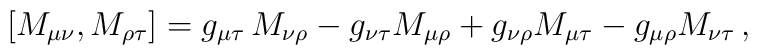
[M_{\mu\nu} , M_{\rho \tau} ] = g_{\mu\tau} \,  M_{\nu\rho} - g_{\nu\tau} M_{\mu\rho} + g_{\nu\rho}  M_{\mu\tau} - g_{\mu\rho} M_{\nu\tau} \, ,